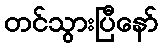
တင်သွားပြီနော်